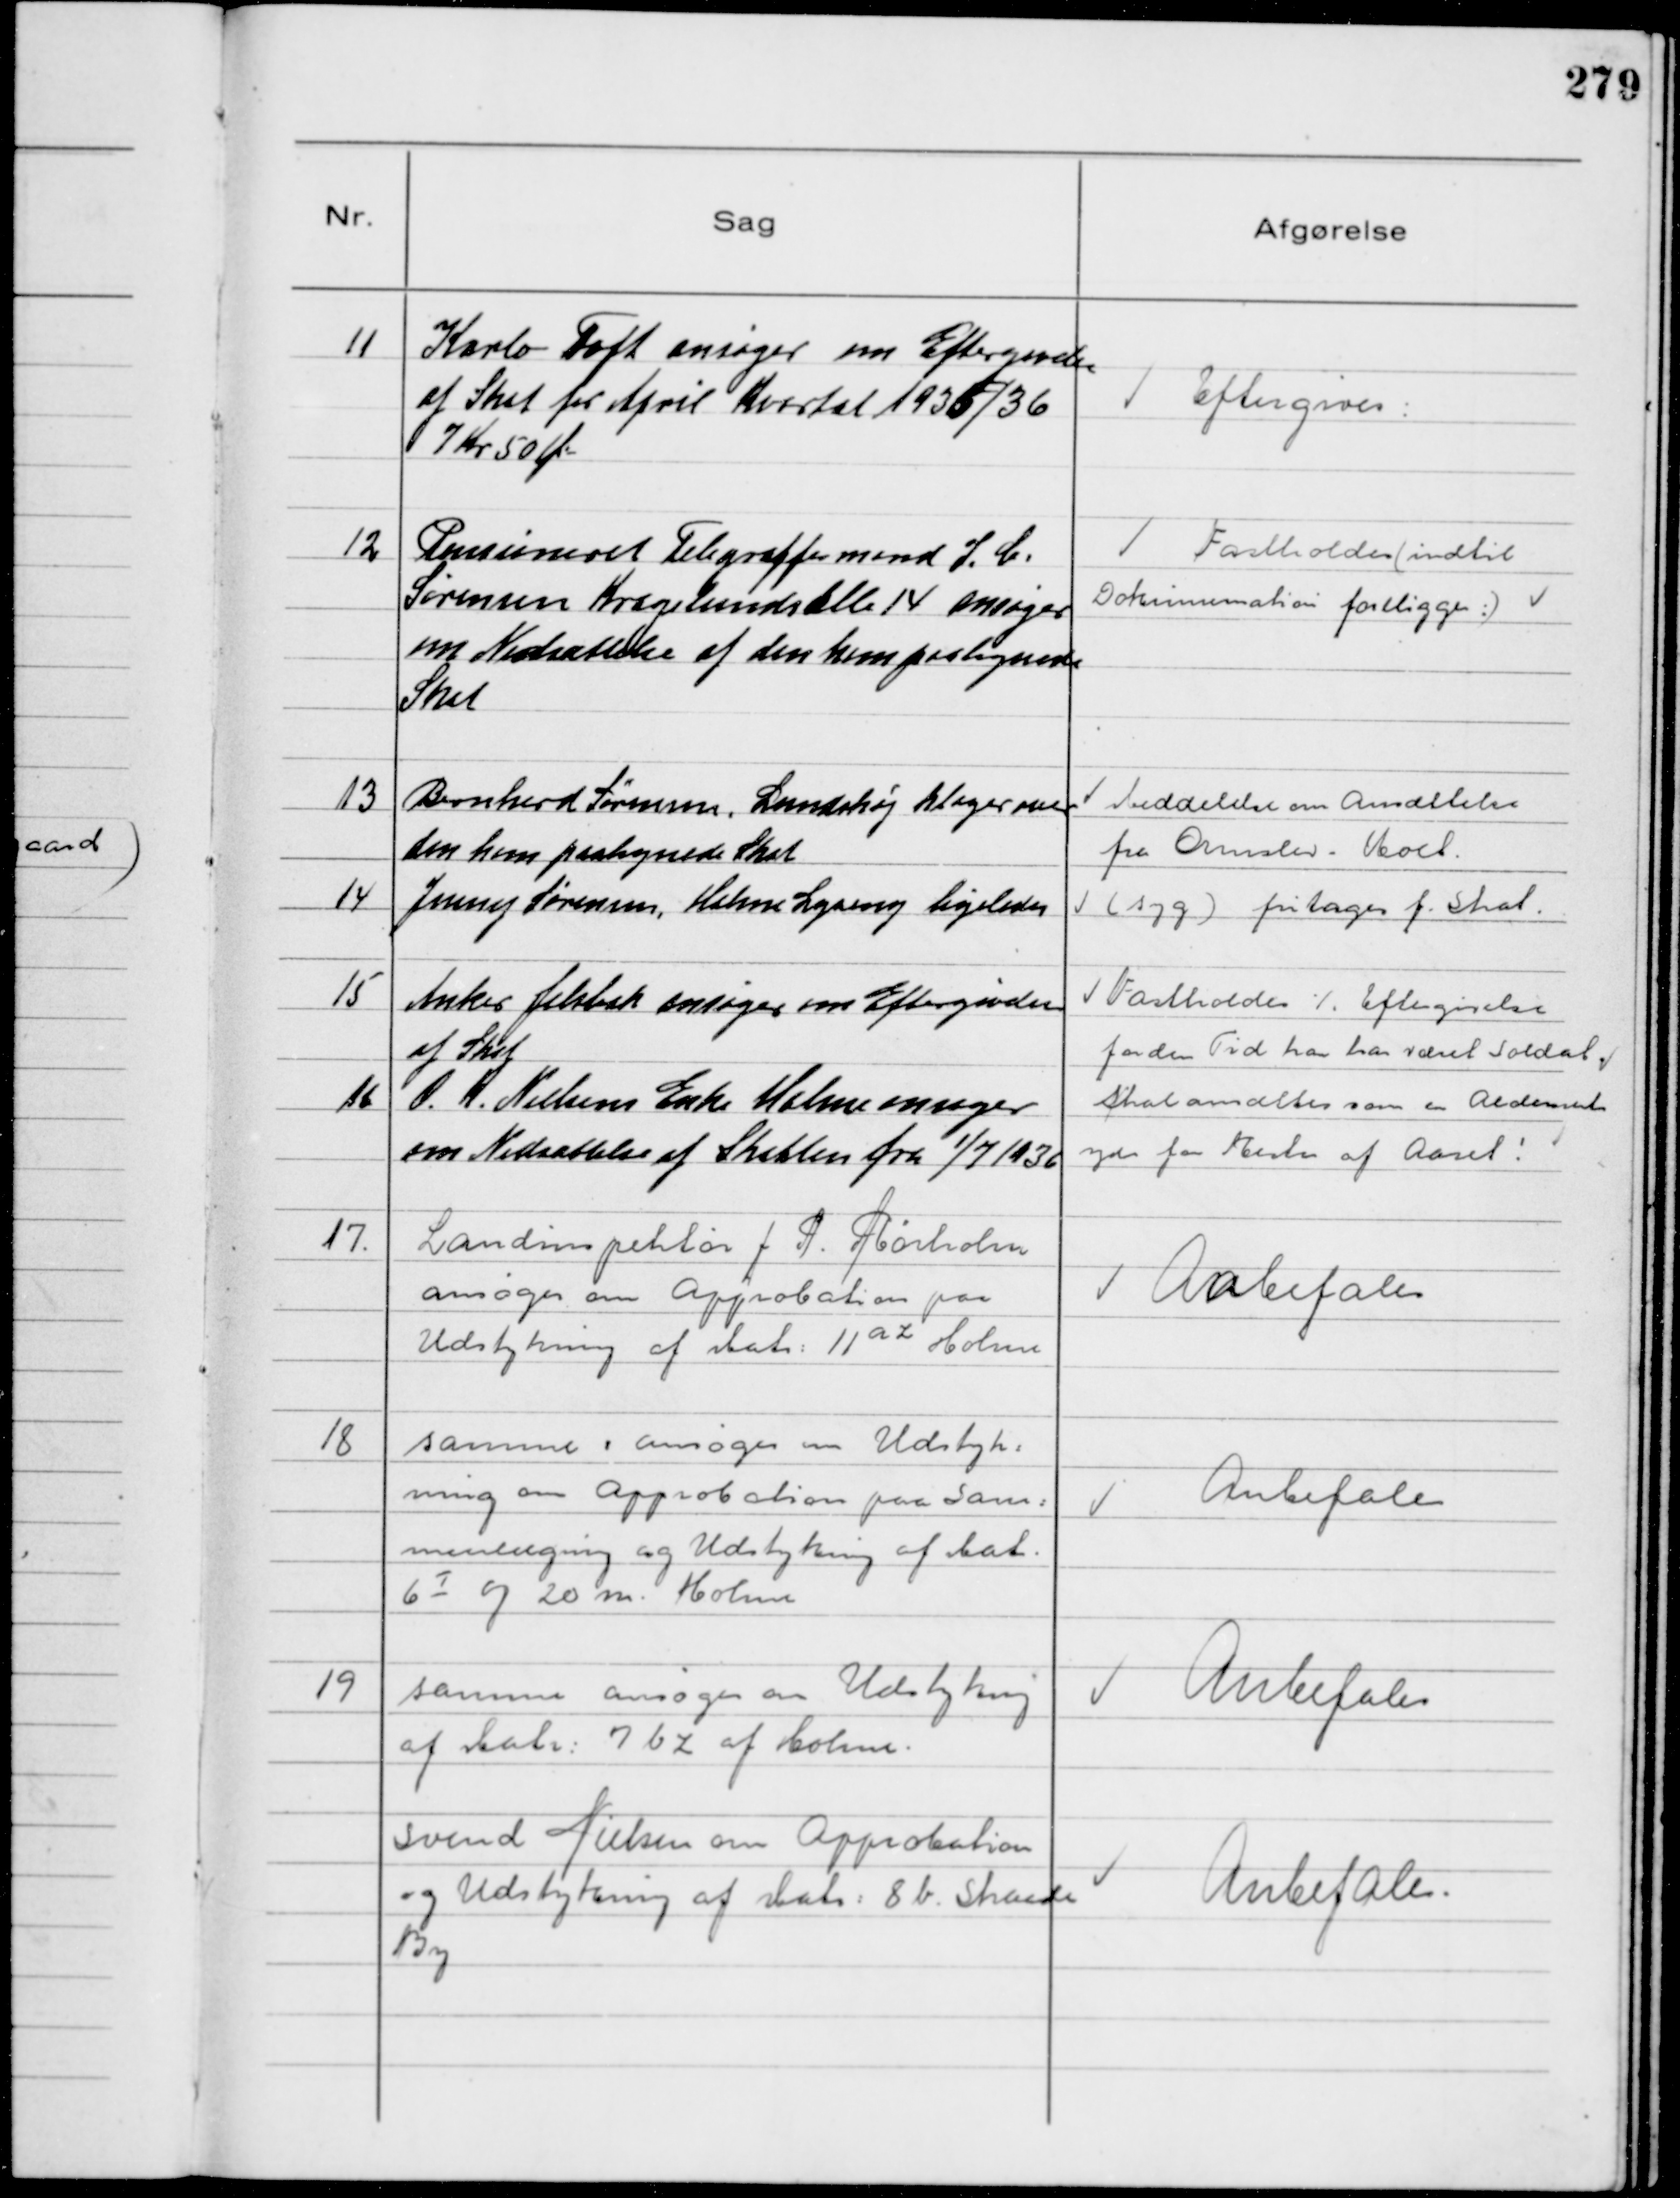
Transskription:
11
Karlo Toft ansøger om Eftergivelse
af Skat for April Kvartal 1935/36
7 Kr 50 Øre

Eftergives

12
Pensioneret Telegrafformand J. C. 
Sørensen Kragelundsalle 14 ansøger
om Nedsættelse af den ham paalignede
Skat

Fastholdes (indtil
Dokumentation foreligger)

13
Bernhard Sørensen, Lundshøj klager over
den ham paalignede Skat

Meddelelse om Ansættelse
fra Ormslev - Kolt

14
Jenny Sørensen, Holme Lyseng ligeledes

(syg) fritages f. Skat

15
Anker Jelsbak ansøger om Eftergivelse
af Skat

Fastholdes ÷ Eftergivelse
for den Tid han har været Soldat

16
O. K. Nielsens Enke Holme ansøger
om Nedsættelse af Skatten fra 1/7 1936

skal ansættes som en Aldersrente
yder for Resten af Aaret!

17
Landinspektør J. P. Rørholm
ansøger om Approbation paa
Udstykning af Matr 11 a z Holme

Anbefales

18
samme ansøger om Udstyk-
ning om Approbation paa Sam-
menlægning og Udstykning af Mat
6 I og 20 m Holme

Anbefales

19
samme ansøger om Udstykning
af Matr 7 b z af Holme

Anbefales

Svend Nielsen om Approbation
og Udstykning af Matr 8 b Skaade
By

Anbefales